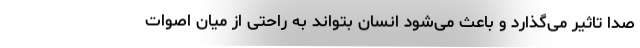
صدا تاثير می‌گذارد و باعث می‌شود انسان بتواند به راحتی از میان اصوات